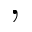
,